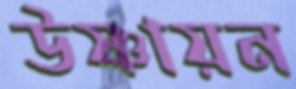
উষ্ণায়ন